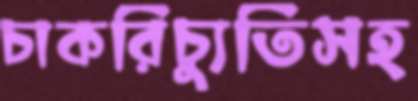
চাকরিচ্যুতিসহ